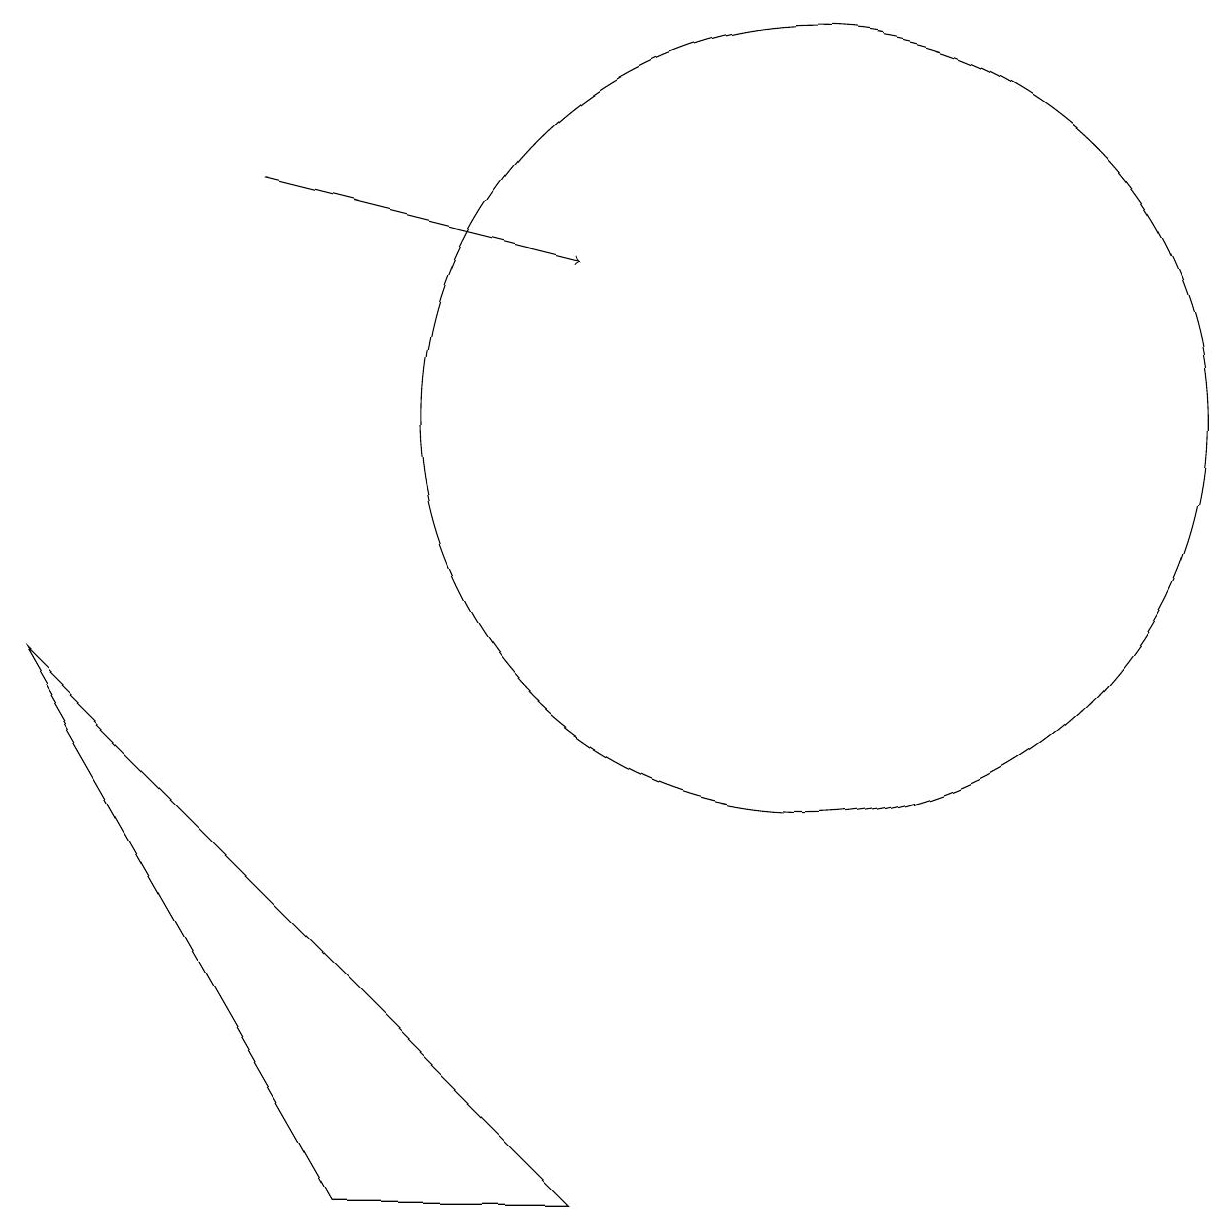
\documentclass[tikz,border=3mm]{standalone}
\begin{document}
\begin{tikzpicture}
\draw (9,2) -- (2,9) -- (6,2) -- cycle;
\draw[->] (5,15) -- (9,14);
\draw (12,12) circle (5);
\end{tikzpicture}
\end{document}